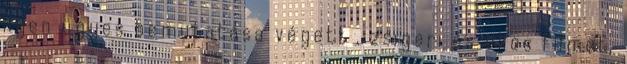
ilyen ügyes bemutatása végett , zsigeri és okos filmet,